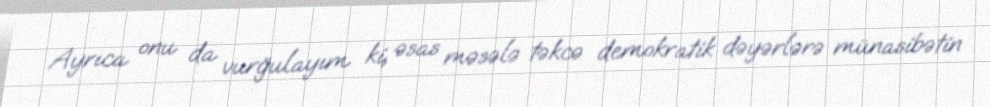
Ayrıca onu da vurğulayım ki, əsas məsələ təkcə demokratik dəyərlərə münasibətin